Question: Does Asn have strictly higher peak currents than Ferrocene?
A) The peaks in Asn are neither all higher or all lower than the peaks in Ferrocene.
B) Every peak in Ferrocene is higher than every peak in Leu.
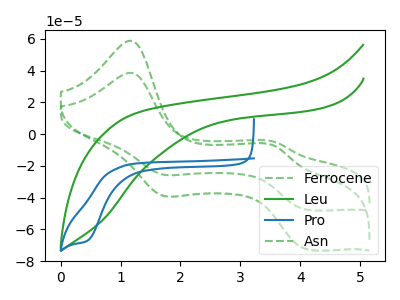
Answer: <think>The green dashed curve "Ferrocene" has anodic peaks at (1.15V, 38.65uA) (3.55V, -4.90uA) and cathodic peaks at (1.70V, -25.25uA) (4.15V, -47.65uA). The green curve "Leu" has no peaks. The blue curve "Pro" has a cathodic peak at: (0.45V, -66.95uA). The green dashed curve "Asn" has anodic peaks at (1.15V, 58.90uA) (3.55V, -7.45uA) and cathodic peaks at (1.70V, -38.50uA) (4.15V, -72.65uA).</think>
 <answer>A) The peaks in "Asn" are neither all higher or all lower than the peaks in "Ferrocene".</answer>
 <eval>A</eval>